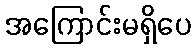
အကြောင်းမရှိပေ